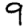
Digit: 9